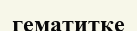
гематитке